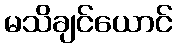
မသိချင်ယောင်